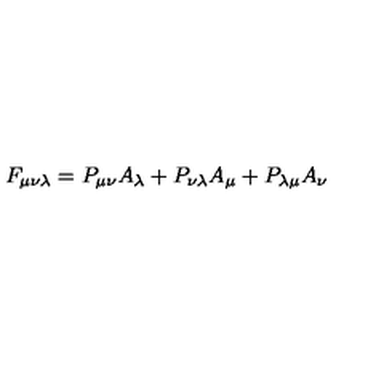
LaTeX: F _ { \mu \nu \lambda } = P _ { \mu \nu } A _ { \lambda } + P _ { \nu \lambda } A _ { \mu } + P _ { \lambda \mu } A _ { \nu }